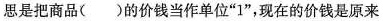
思是把商品( )的价钱当作单位”1”，现在的价钱是原来